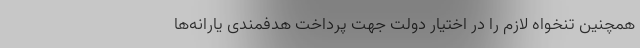
همچنین تنخواه لازم را در اختیار دولت جهت پرداخت هدفمندی یارانه‌ها